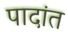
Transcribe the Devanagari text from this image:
पादांत